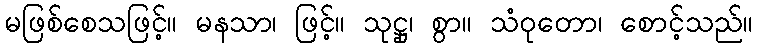
မဖြစ်စေသဖြင့်။ မနသာ၊ ဖြင့်။ သုဋ္ဌု၊ စွာ။ သံဝုတော၊ စောင့်သည်။